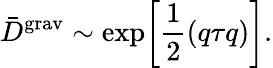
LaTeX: {\bar{D}}^{\mathrm{grav}}\sim\exp\biggl[\frac{1}{2}(q\tau q)\biggr].